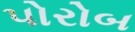
પોરોબ